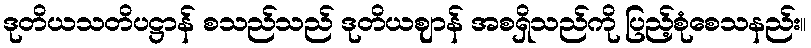
ဒုတိယသတိပဋ္ဌာန် စသည်သည် ဒုတိယဈာန် အစရှိသည်ကို ပြည့်စုံစေသနည်း။